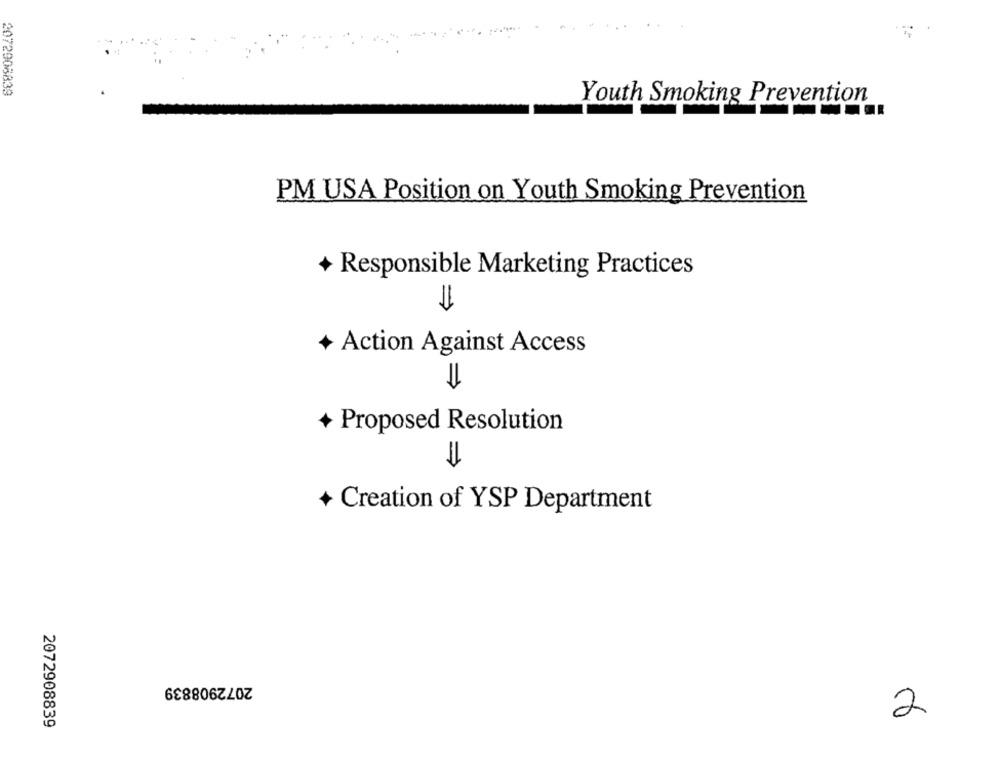
2072908839
Youth Smoking Prevention
PM USA Position on Youth Smoking Prevention
+
Responsible Marketing Practices
=
+
Action Against Access
+ Proposed Resolution
+ Creation of YSP Department
2072908839
2
2072908839